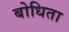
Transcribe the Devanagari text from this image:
बोधिता